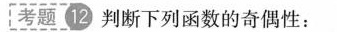
考题12 判断下列函数的奇偶性: